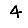
Digit: 4